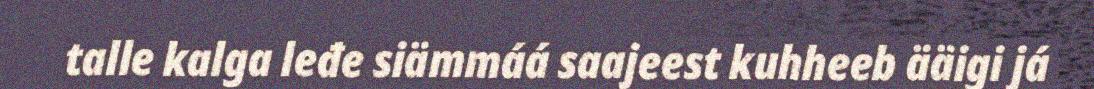
talle kalga leđe siämmáá saajeest kuhheeb ääigi já